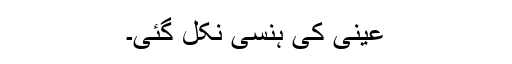
عینی کی ہنسی نکل گئی۔